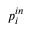
p _ { i } ^ { i n }